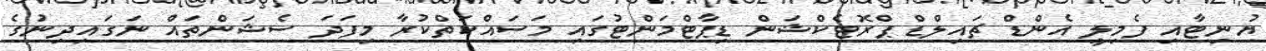
ޔުނިޓާއި ފެމިލީ އެންޑް ޗައިލްޑް ޕްރޮޓެކްޝަން ޑިޕާޓްމަންޓުގައި މަސައްކަތްކުރާ މިފަދަ ސެޝަންތައް ނަގައިދިނުުގެ